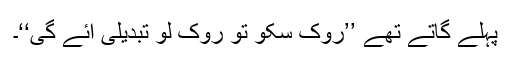
پہلے گاتے تھے ’’روک سکو تو روک لو تبدیلی آئے گی‘‘۔